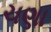
ચણા